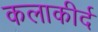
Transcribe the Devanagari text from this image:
कलाकीर्द